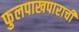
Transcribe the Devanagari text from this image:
फुलपाखपाराची